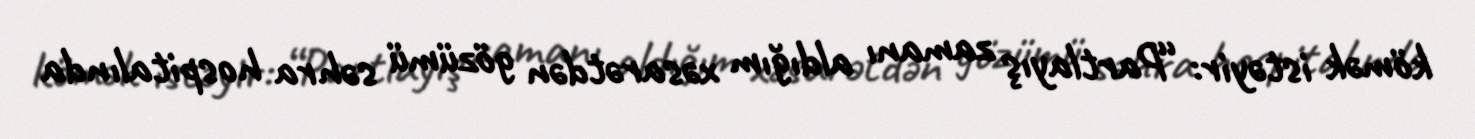
kömək istəyir: “Partlayış zamanı aldığım xəsarətdən gözümü səhra hospitalında